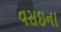
વસઇના